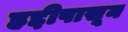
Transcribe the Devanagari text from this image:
हद्दीपासून